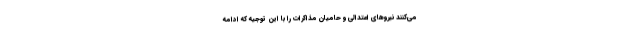
می‌کنند نیروهای اعتدالی و حامیان مذاکرات را با این توجیه که ادامه